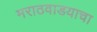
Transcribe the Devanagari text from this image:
मराठवाडयाचा